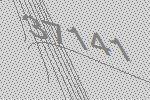
37141